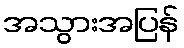
အသွားအပြန်